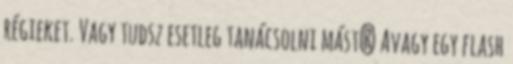
régieket. Vagy tudsz esetleg tanácsolni mást? Avagy egy flash